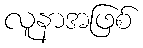
လူနာအဖြစ်